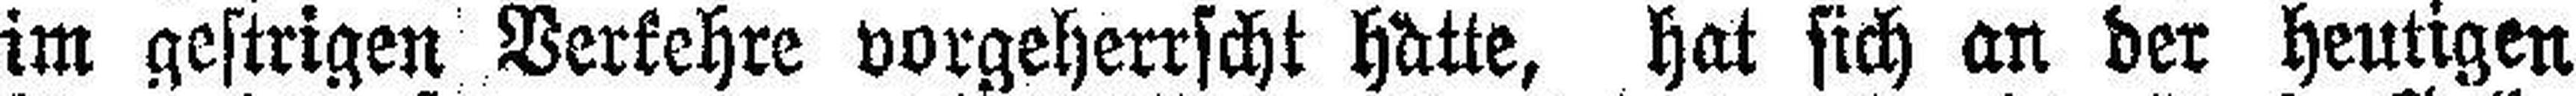
im gestrigen Verkehre vorgeherrscht hatte, hat sich an der heutigen